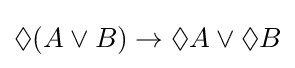
\Diamond (A\lor B)\to \Diamond A\lor \Diamond B